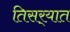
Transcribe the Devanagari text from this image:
तिसर्‍यात